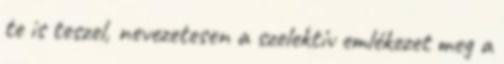
te is teszel, nevezetesen a szelektív emlékezet meg a